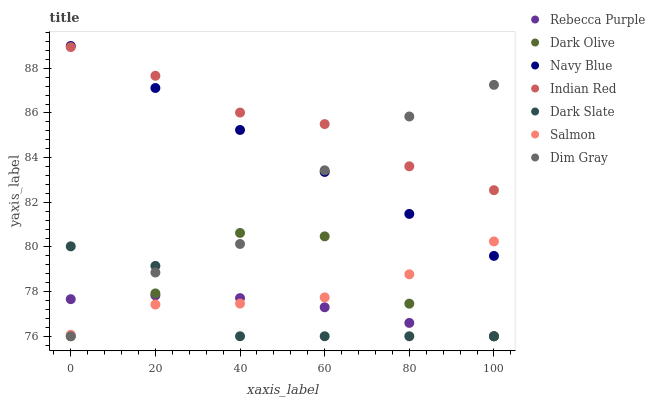
| xaxis_label | Rebecca Purple | Dark Olive | Navy Blue | Indian Red | Dark Slate | Salmon | Dim Gray |
 | --- | --- | --- | --- | --- | --- | --- | --- |
 | 0 | 77.7 | 76 | 89 | 89 | 80 | 76.1 | 76 |
 | 20 | 77.8 | 77.9 | 87.1 | 87.7 | 79.2 | 77.4 | 78.9 |
 | 40 | 77.7 | 80.6 | 85.2 | 86 | 76 | 77.5 | 80.1 |
 | 60 | 77.3 | 80.5 | 83.4 | 85.5 | 76 | 77.7 | 83.4 |
 | 80 | 76.6 | 77.5 | 81.5 | 83.6 | 76 | 78.8 | 85.8 |
 | 100 | 76 | 76 | 79.6 | 82.5 | 76 | 80.2 | 87.3 |